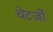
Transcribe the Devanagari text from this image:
चेटर्जी